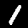
Label: 1